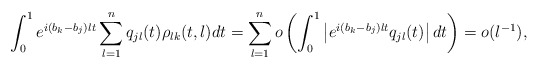
\begin{align*} \int_0^1 e^{i (b_k-b_j) \l t} \sum_{l=1}^n q_{jl}(t)\rho_{lk}(t,\l)dt = \sum_{l=1}^n o\left(\int_0^1 \left|e^{i (b_k-b_j) \l t} q_{jl}(t) \right|dt\right) = o(\l^{-1}),\end{align*}